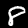
Digit: 8